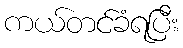
ကယ်တင်ခံရပြီး